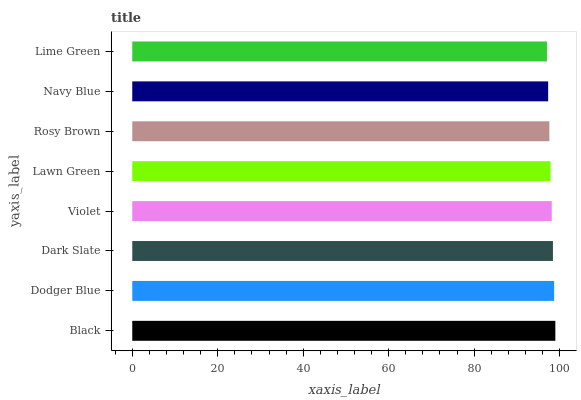
| yaxis_label | bars |
 | --- | --- |
 | Black | 99 |
 | Dodger Blue | 98.7 |
 | Dark Slate | 98.4 |
 | Violet | 98.2 |
 | Lawn Green | 97.9 |
 | Rosy Brown | 97.6 |
 | Navy Blue | 97.3 |
 | Lime Green | 97 |